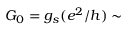
G _ { 0 } = g _ { s } ( e ^ { 2 } / h ) \sim